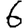
Digit: 6